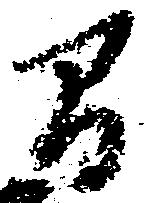
間